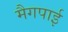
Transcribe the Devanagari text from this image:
मैगपाई